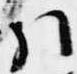
引